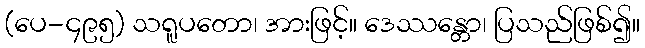
(ပေ-၄၉၅) သရူပတော၊ အားဖြင့်။ ဒေဿန္တော၊ ပြသည်ဖြစ်၍။